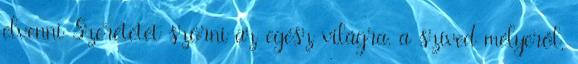
elvenni Szeretetet szórni az egész világra, a szíved mélyéről,